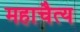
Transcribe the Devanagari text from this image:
महाचैत्‍य